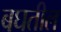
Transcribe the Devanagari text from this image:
बघतील